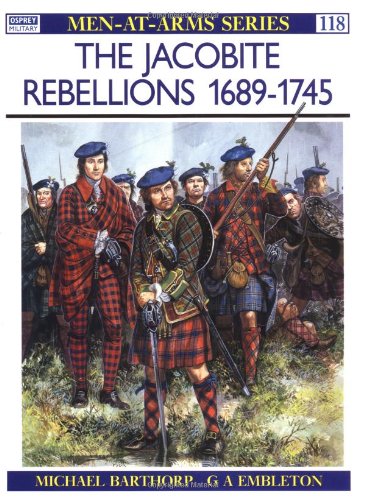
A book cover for The Jacobite Rebellions 1689-1745 (Men-at-Arms); Michael Barthorp; History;